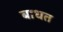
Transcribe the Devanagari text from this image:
बाधत